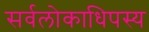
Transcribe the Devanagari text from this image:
सर्वलोकाधिपस्य